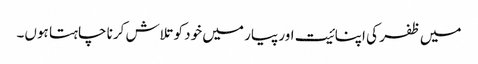
میں ظفر کی اپنائیت اور پیار میں خود کو تلاش کرنا چاہتا ہوں۔